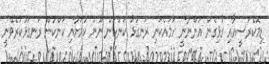
ޑިމޮކްރަސީއާއި ގުޅިގެން އަންނާނީ ހަމައެކަނި ރަނގަޅު ކަންކަން ނޫން ކަމަށާއި ކަންކަން ރަނގަޅުކުރެވޭނީ